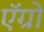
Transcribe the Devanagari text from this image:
ऍग्रो